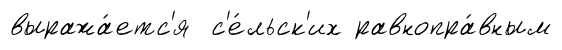
выража́етс'я с'е́льск'их равнопра́вным